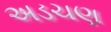
અડચણ